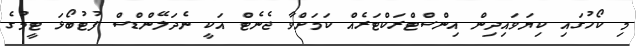
މި ކޯހުގައި ކިޔަވައިދިން އިންސްޓްރަކްޓަރެއް ކަމަށްވާ ޖެނެޓް އަކީ ނެދަލޭންޑްސް ފުޓުބޯޅަ ޓީމުގެ